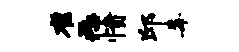
雀恶愤邱毒